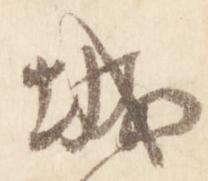
城